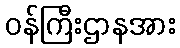
ဝန်ကြီးဌာနအား